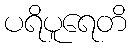
ပရိပူရေတိ